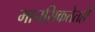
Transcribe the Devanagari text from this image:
मानसिकतेतही